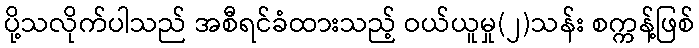
ပို့သလိုက်ပါသည် အစီရင်ခံထားသည့် ဝယ်ယူမှု(၂)သန်း စက္ကန့်ဖြစ်